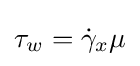
\tau _{w}={\dot {\gamma }}_{x}\mu